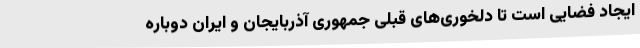
ایجاد فضایی است تا دلخوری‌های قبلی جمهوری آذربایجان و ایران دوباره